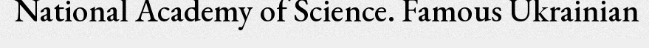
National Academy of Science. Famous Ukrainian